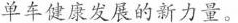
单车健康发展的新力量。